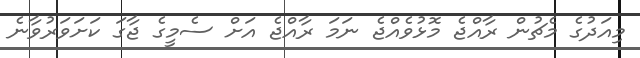
މިއަދުގެ މެޗުން ރާއްޖެ މޮޅުވެއްޖެ ނަމަ ރާއްޖެ އަށް ސެމީގެ ޖާގަ ކަށަވަރުވާނެ